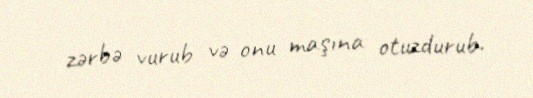
zərbə vurub və onu maşına otuzdurub.